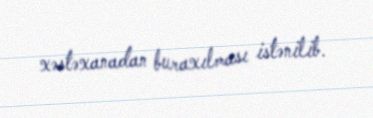
xəstəxanadan buraxılması istənilib.